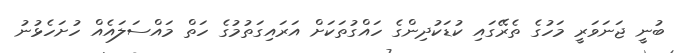
ބުނީ ޖަނަވަރީ މަހުގެ ތެރޭގައި ކުޑަކުދިންގެ ހައްގުތަކަށް އަރައިގަތުމުގެ ހަތް މައްސަލައެއް ހުށަހެޅުނު